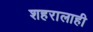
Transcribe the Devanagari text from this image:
शहरालाही